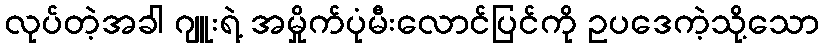
လုပ်တဲ့အခါ ဂျူးရဲ့ အမှိုက်ပုံမီးလောင်ပြင်ကို ဥပဒေကဲ့သို့သော